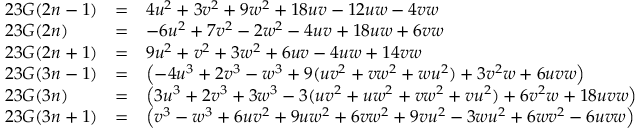
{ \begin{array} { l l l } { 2 3 G ( 2 n - 1 ) } & { = } & { 4 u ^ { 2 } + 3 v ^ { 2 } + 9 w ^ { 2 } + 1 8 u v - 1 2 u w - 4 v w } \\ { 2 3 G ( 2 n ) } & { = } & { - 6 u ^ { 2 } + 7 v ^ { 2 } - 2 w ^ { 2 } - 4 u v + 1 8 u w + 6 v w } \\ { 2 3 G ( 2 n + 1 ) } & { = } & { 9 u ^ { 2 } + v ^ { 2 } + 3 w ^ { 2 } + 6 u v - 4 u w + 1 4 v w } \\ { 2 3 G ( 3 n - 1 ) } & { = } & { \left( - 4 u ^ { 3 } + 2 v ^ { 3 } - w ^ { 3 } + 9 ( u v ^ { 2 } + v w ^ { 2 } + w u ^ { 2 } ) + 3 v ^ { 2 } w + 6 u v w \right) } \\ { 2 3 G ( 3 n ) } & { = } & { \left( 3 u ^ { 3 } + 2 v ^ { 3 } + 3 w ^ { 3 } - 3 ( u v ^ { 2 } + u w ^ { 2 } + v w ^ { 2 } + v u ^ { 2 } ) + 6 v ^ { 2 } w + 1 8 u v w \right) } \\ { 2 3 G ( 3 n + 1 ) } & { = } & { \left( v ^ { 3 } - w ^ { 3 } + 6 u v ^ { 2 } + 9 u w ^ { 2 } + 6 v w ^ { 2 } + 9 v u ^ { 2 } - 3 w u ^ { 2 } + 6 w v ^ { 2 } - 6 u v w \right) } \end{array} }